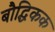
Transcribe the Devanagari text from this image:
बौद्धिकक